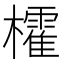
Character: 㰌